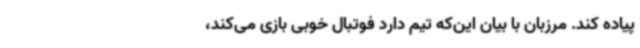
پیاده کند. مرزبان با بیان این‌که تیم دارد فوتبال خوبی بازی می‌کند،